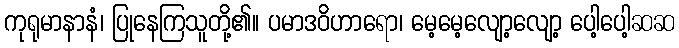
ကုရုမာနာနံ၊ ပြုနေကြသူတို့၏။ ပမာဒဝိဟာရော၊ မေ့မေ့လျော့လျော့ ပေါ့ပေါ့ဆဆ